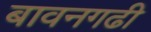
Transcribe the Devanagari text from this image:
बावनगढी